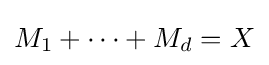
M_{1}+\cdots +M_{d}=X